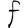
Character: F